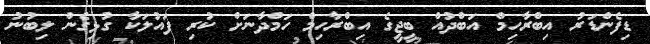
ޑިފެންޑަރު އިބްރާހިމް އަބްދުއް ބީޖީގެ އިބްރާހިމް ހަމްދާނަށް ކުރި ފައުލަކާ ގުޅިގެން ލިބުނު